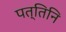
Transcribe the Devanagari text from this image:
पत्तिनि